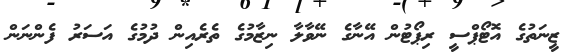
ޒީނަތުގެ އޮޓޯޕްސީ ރިޕޯޓުން އޭނާގެ ނޭވާލާ ނިޒާމުގެ ތެރެއިން ދުމުގެ އަސަރު ފެންނަން